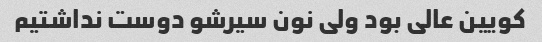
کویین عالی بود ولی نون سیرشو دوست نداشتیم